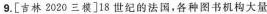
9.[吉林2020三模]18世纪的法国，各种图书机构大量